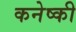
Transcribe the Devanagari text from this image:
कनेष्की